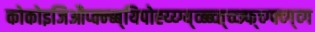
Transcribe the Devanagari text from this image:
कोकोइजिऔप्क्न्ब्ब्यिपोह्य्य्ग्य्व्ब्ब्व्त्च्व्त्र्फ्च्ग्फ्व्ग्व्ग